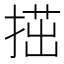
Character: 𢱝